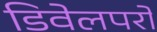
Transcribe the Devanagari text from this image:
डिवेलपरों